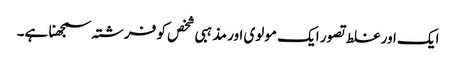
ایک اور غلط تصور ایک مولوی اور مذہبی شخص کو فرشتہ سمجھنا ہے۔